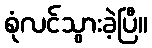
စုံလင်သွားခဲ့ပြီ။